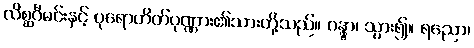
လိစ္ဆဝီမင်းနှင့် ပုရောဟိတ်ပုဏ္ဏား၏သားတို့သည်။ ဂန္တွာ၊ သွား၍။ ရညော၊